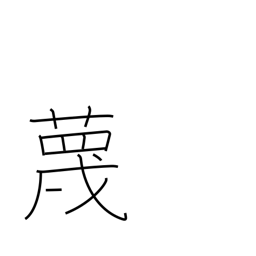
Meaning: ridicule